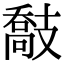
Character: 𢻤